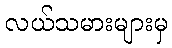
လယ်သမားများမှ